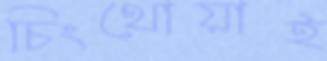
চিংথোয়াই